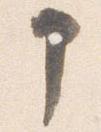
申